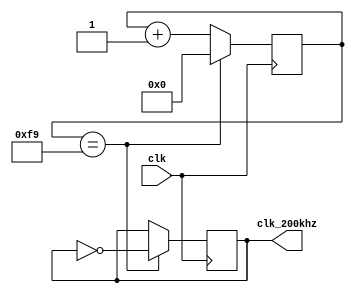
`timescale 1ns / 1ps
//////////////////////////////////////////////////////////////////////////////////
// Company: 
// Engineer: 
// 
// Design Name: 
// Module Name: slow_clk_200khz
// Project Name: 
// Target Devices: 
// Tool Versions: 
// Description: 
// 
// Dependencies: 
// 
// Revision:
// Revision 0.01 - File Created
// Additional Comments:
// 
//////////////////////////////////////////////////////////////////////////////////


module slow_clk_200khz(
    input clk, //100MHz
    output clk_200khz
    );
    
  //No of cycles = 0.5*(100MHz/200KHz) = 250 --> 8 bit counter
    reg [7:0] count = 8'b0;
    reg clk_reg;
    always @(posedge clk) begin 
        if(count==249) begin
            count = 0;
            clk_reg <= ~clk_reg; 
        end
        else count <= count +1;
    end
    
    assign clk_200khz = clk_reg;
endmodule